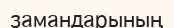
замандарының